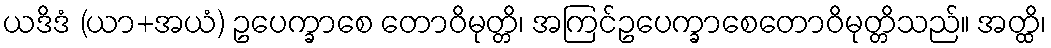
ယဒိဒံ (ယာ+အယံ) ဥပေက္ခာစေ တောဝိမုတ္တိ၊ အကြင်ဥပေက္ခာစေတောဝိမုတ္တိသည်။ အတ္ထိ၊